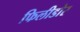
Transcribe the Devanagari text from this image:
फिलीडोर